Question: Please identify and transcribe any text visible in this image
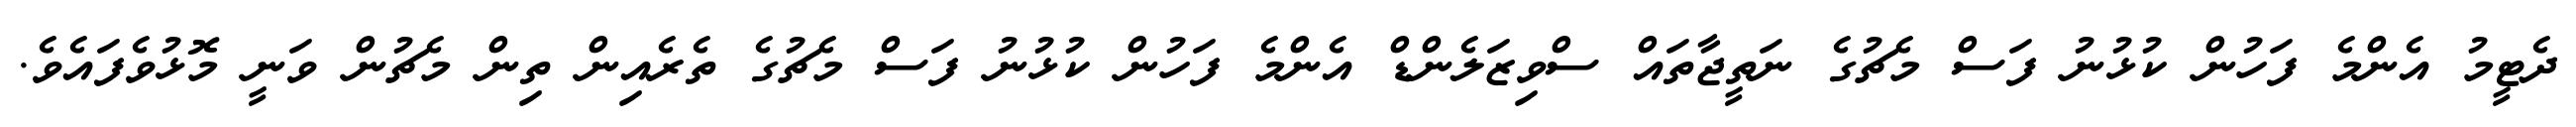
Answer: ދެޓީމު އެންމެ ފަހުން ކުޅުނު ފަސް މެޗުގެ ނަތީޖާތައް ސްވިޒަލެންޑް އެންމެ ފަހުން ކުޅުނު ފަސް މެޗުގެ ތެރެއިން ތިން މެޗުން ވަނީ މޮޅުވެފައެވެ.